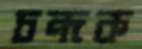
চন্দক